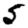
Digit: 5